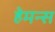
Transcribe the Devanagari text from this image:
हेमन्स